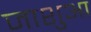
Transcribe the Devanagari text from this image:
जाशुआ